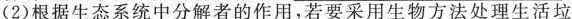
(2)根据生态系统中分解者的作用，若要采用生物方法处理生活垃